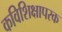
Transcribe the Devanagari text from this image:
कविशिक्षापरक